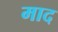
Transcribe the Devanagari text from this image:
माद